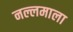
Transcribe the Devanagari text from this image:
नल्लमाला